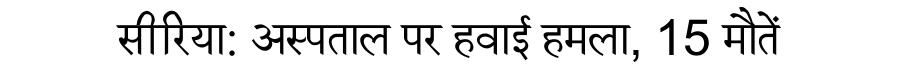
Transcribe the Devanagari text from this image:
सीरिया: अस्पताल पर हवाई हमला, 15 मौतें